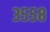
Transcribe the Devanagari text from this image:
३५५८